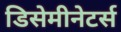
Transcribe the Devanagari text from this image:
डिसेमीनेटर्स